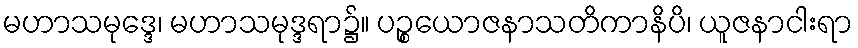
မဟာသမုဒ္ဒေ၊ မဟာသမုဒ္ဒရာ၌။ ပဉ္စယောဇနာသတိကာနိပိ၊ ယူဇနာငါးရာ